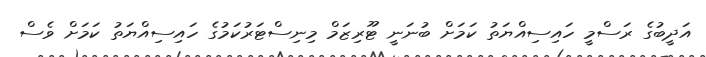
އަދީބުގެ ރަސްމީ ހައިސިއްޔަތު ކަމަށް ބުނަނީ ޓޫރިޒަމް މިނިސްޓަރުކަމުގެ ހައިސިއްޔަތު ކަމަށް ވެސް